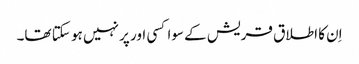
اِن کا اطلاق قریش کے سوا کسی اور پر نہیں ہو سکتا تھا۔